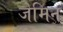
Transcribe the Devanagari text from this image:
जेमिन